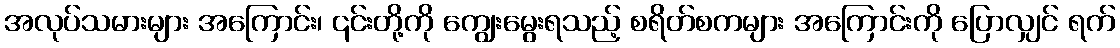
အလုပ်သမားများ အကြောင်း၊ ၎င်းတို့ကို ကျွေးမွေးရသည့် စရိတ်စကများ အကြောင်းကို ပြောလျှင် ရက်